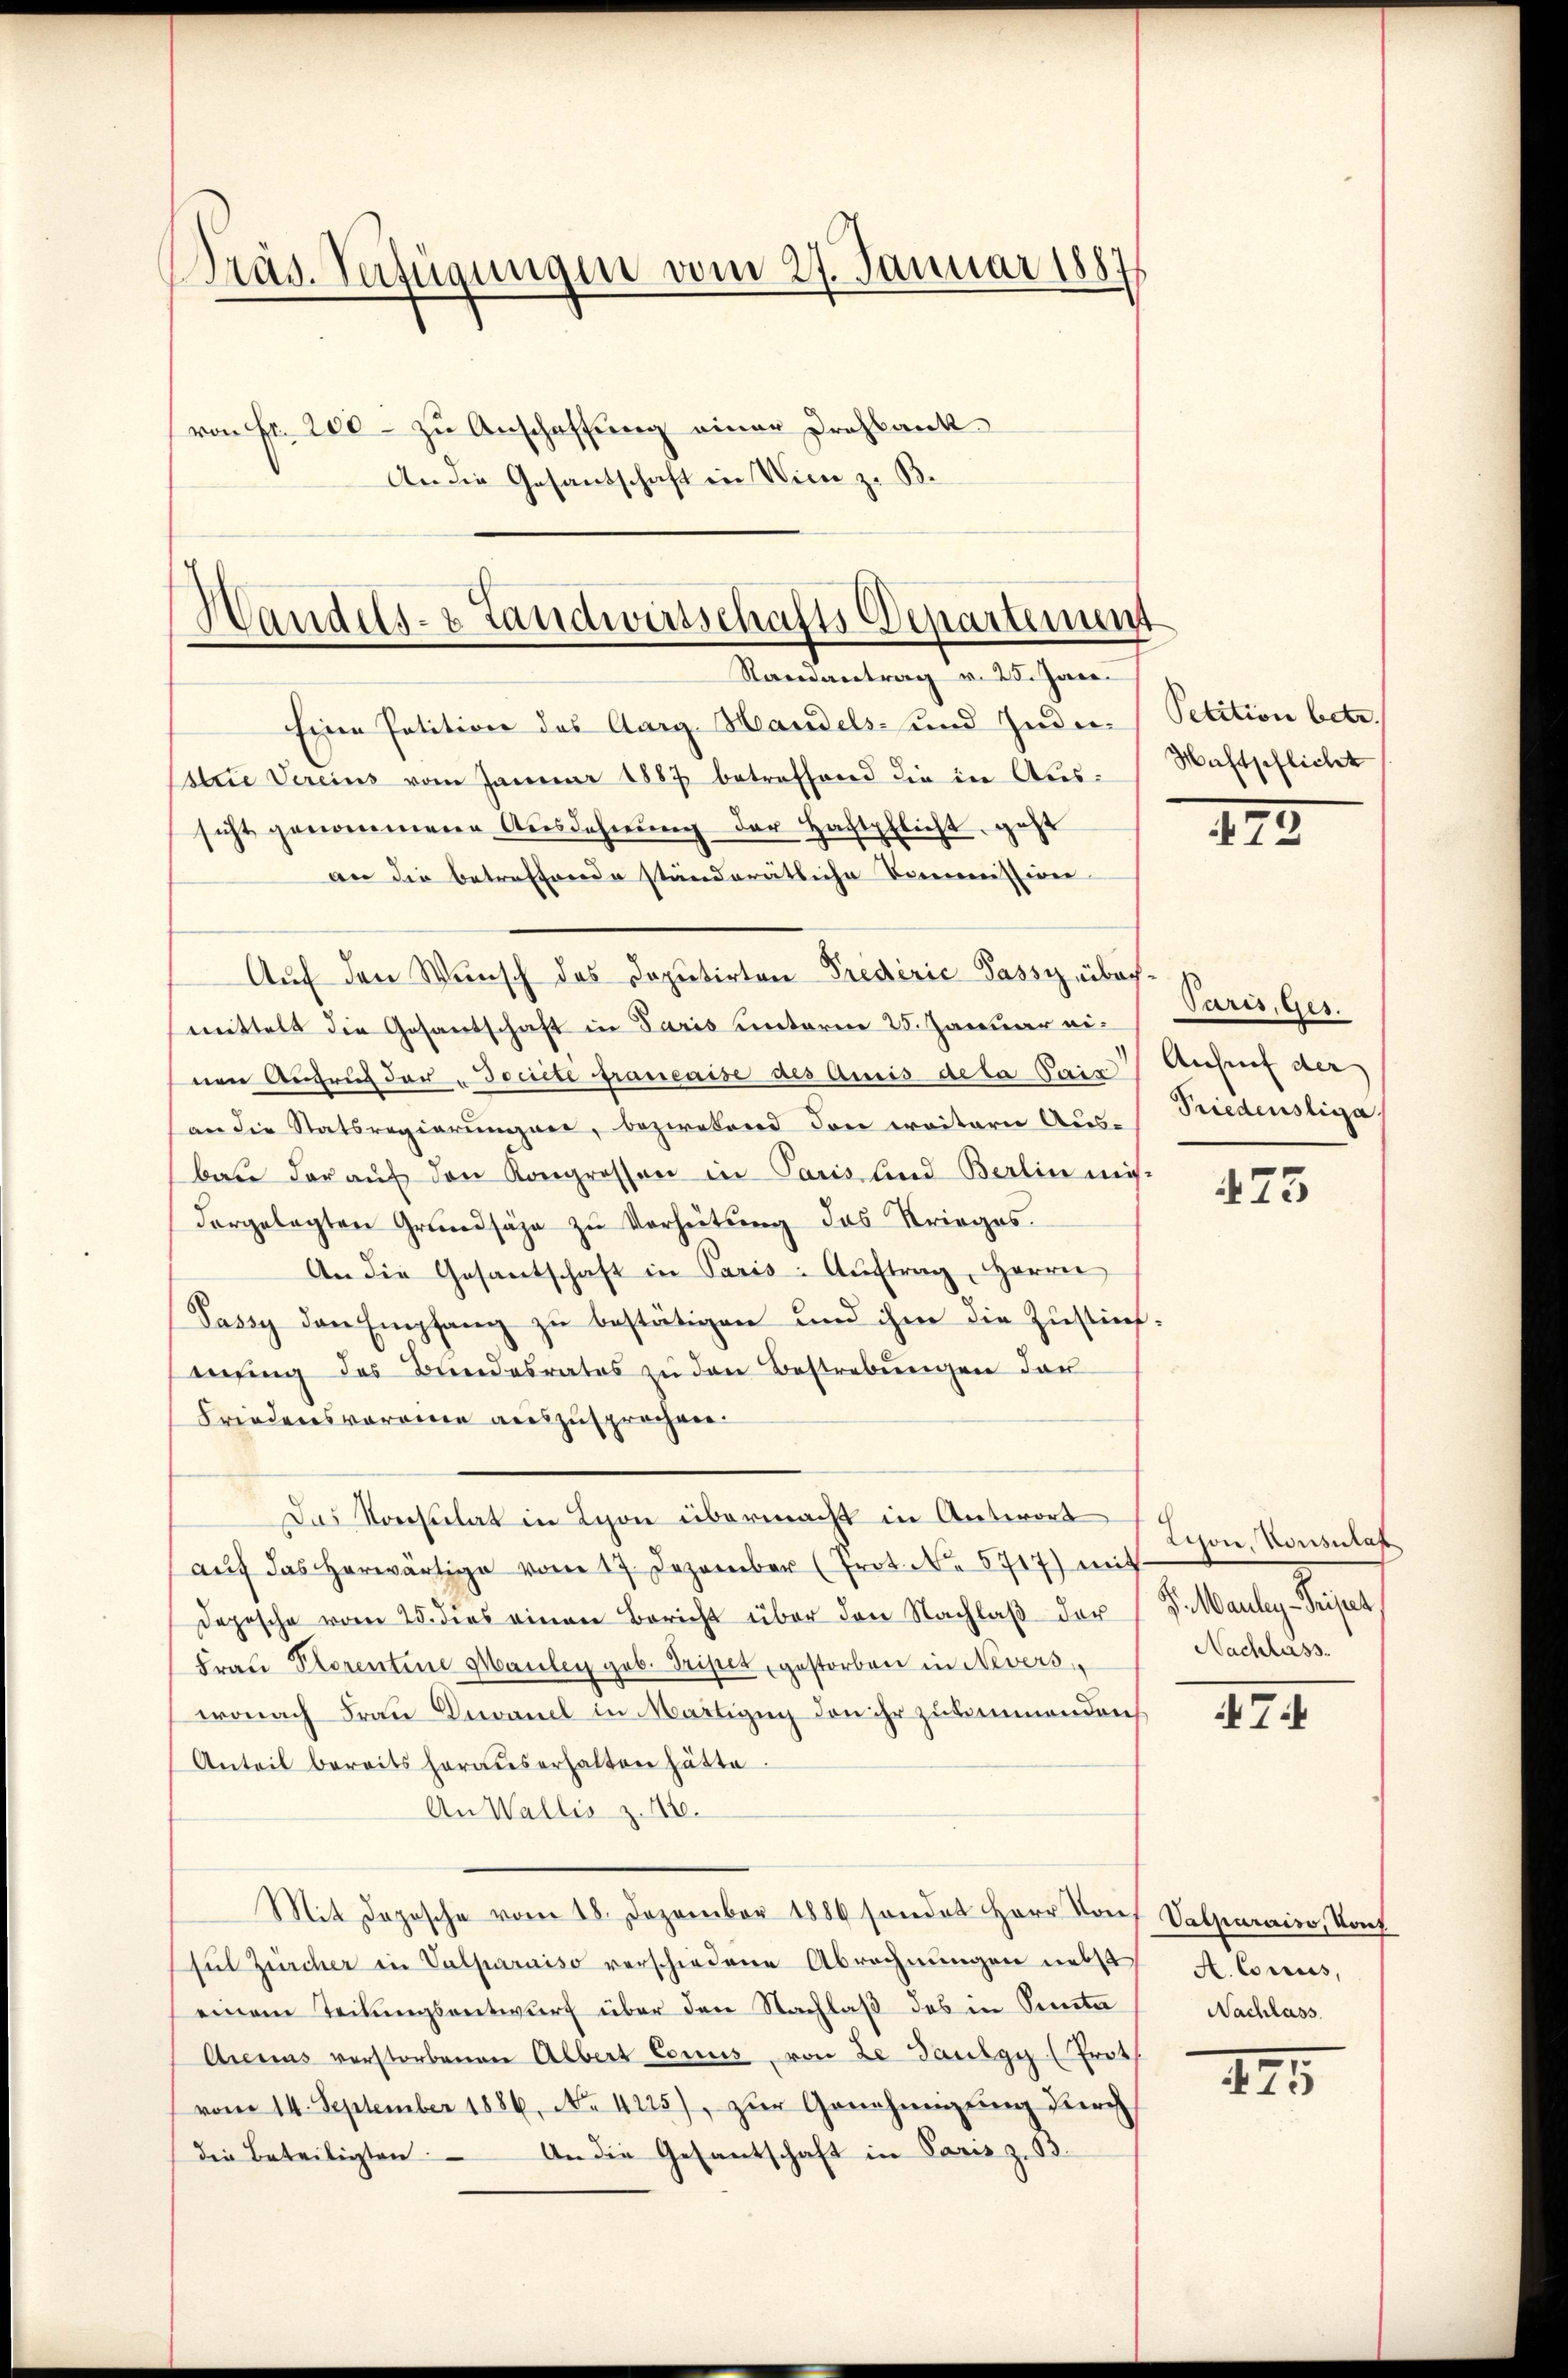
Präs. Verfügungen vom 27. Januar 1887
von Fr. 200 - zu Anschaffung einer Drohkank
An die Gesandschaft in Wien z. B.

Handels- & Landwirtschafts-Departement
Randantrag v. 25. Jan.

Eine Petition des Aarg. Handels- und Indi-
strie Vereins vom Januar 1887 betreffend die in Aussicht genommene Ausdehnung der Haftpflicht, geht
an die betreffende ständerätliche Verenissiven
Auf den Wunsch des Deputirten Predérić Passieibachmittelt die Gesantschaft in Paris unterm 25. Januar einen Aufruf der „Jocrite franeaise des Amis dela Paris Aufruf der
an die Statsregierungen, bezweiend den weitern Aus-
bau darauf den Kongrosson in Paris lind Berlin mi
dorgelegten Grundsäge zu Verheitung das Krieges.
An die Gesantschaft in Paris - Aŭftrag, Herren
Passy den Empfang zu bestätigen und ihm die Zustimwing des Bundesrates zŭ den Bestrebŭngen dar
Friedensvoraine auszusprechen.
Das Konsulat in Lyon übermacht in Antwort
aŭf das herwärtige vom 17. Dezember (Prot. N. 5717) mit
Depesche vom 25. dies einen Bericht über den Nachlaβ der Dr. Mauley-Tripet
Frau Klorentine Maulen geb. Tripet, gestorben in Nevers
wonach Frau Decanel in Martigug den ihr zukommendenh
Anteil bereits heraus erhalten hätte.
An Wallis z. 12.
Mit dopische vom 18. Dezember 1886 sondet Herr Don Valparais, Konf
ful Zürcher in Valparaiso verschiedene Abrechnungen nebst A. Conus,
einem Teilungsentwurf über den Nachlaß des in Sta
Arenus verstorbenen Albert Conus, von ze Baulgy (Trot
vom 14. September 1886, No 4225), zur Genehmigung durch
An die Gesantschaft in Paris z. 13.
die Beteiligten:

Petition betr.
Maftpflicht

423

Paris, Ges.
Priedensliga

473

Lison, Vousutat
Nachlass.

47.

Nachlass.

III